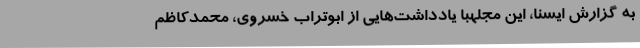
به گزارش ایسنا، این مجلهبا یادداشت‌هایی از ابوتراب خسروی، محمدکاظم